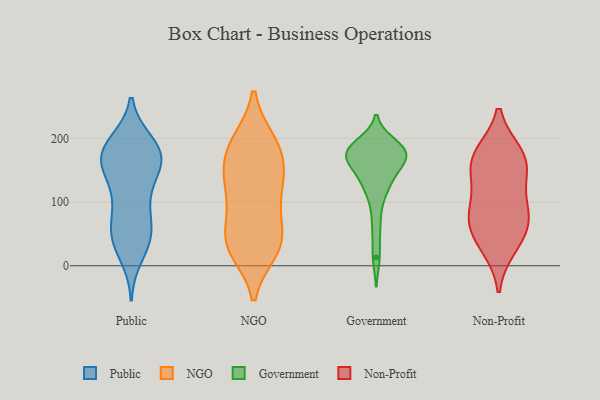
{"axis": {"x": "Waste Production (Tons)", "y": "Value"}, "legend": ["Government", "NGO", "Non-Profit", "Public"], "data": [{"x": "", "y": 49, "type": "Public"}, {"x": "", "y": 153, "type": "Public"}, {"x": "", "y": 193, "type": "Public"}, {"x": "", "y": 41, "type": "Public"}, {"x": "", "y": 175, "type": "Public"}, {"x": "", "y": 98, "type": "Public"}, {"x": "", "y": 188, "type": "Public"}, {"x": "", "y": 189, "type": "Public"}, {"x": "", "y": 138, "type": "Public"}, {"x": "", "y": 42, "type": "Public"}, {"x": "", "y": 52, "type": "Public"}, {"x": "", "y": 156, "type": "Public"}, {"x": "", "y": 107, "type": "Public"}, {"x": "", "y": 173, "type": "Public"}, {"x": "", "y": 88, "type": "Public"}, {"x": "", "y": 16, "type": "Public"}, {"x": "", "y": 52, "type": "Public"}, {"x": "", "y": 174, "type": "Public"}, {"x": "", "y": 161, "type": "Public"}, {"x": "", "y": 170, "type": "Public"}, {"x": "", "y": 36, "type": "NGO"}, {"x": "", "y": 189, "type": "NGO"}, {"x": "", "y": 70, "type": "NGO"}, {"x": "", "y": 165, "type": "NGO"}, {"x": "", "y": 37, "type": "NGO"}, {"x": "", "y": 34, "type": "NGO"}, {"x": "", "y": 159, "type": "NGO"}, {"x": "", "y": 194, "type": "NGO"}, {"x": "", "y": 35, "type": "NGO"}, {"x": "", "y": 194, "type": "NGO"}, {"x": "", "y": 103, "type": "NGO"}, {"x": "", "y": 25, "type": "NGO"}, {"x": "", "y": 111, "type": "NGO"}, {"x": "", "y": 132, "type": "NGO"}, {"x": "", "y": 136, "type": "NGO"}, {"x": "", "y": 186, "type": "Government"}, {"x": "", "y": 101, "type": "Government"}, {"x": "", "y": 173, "type": "Government"}, {"x": "", "y": 183, "type": "Government"}, {"x": "", "y": 158, "type": "Government"}, {"x": "", "y": 13, "type": "Government"}, {"x": "", "y": 171, "type": "Government"}, {"x": "", "y": 134, "type": "Government"}, {"x": "", "y": 179, "type": "Government"}, {"x": "", "y": 136, "type": "Government"}, {"x": "", "y": 126, "type": "Government"}, {"x": "", "y": 60, "type": "Government"}, {"x": "", "y": 167, "type": "Government"}, {"x": "", "y": 191, "type": "Government"}, {"x": "", "y": 182, "type": "Government"}, {"x": "", "y": 169, "type": "Government"}, {"x": "", "y": 65, "type": "Non-Profit"}, {"x": "", "y": 85, "type": "Non-Profit"}, {"x": "", "y": 30, "type": "Non-Profit"}, {"x": "", "y": 75, "type": "Non-Profit"}, {"x": "", "y": 173, "type": "Non-Profit"}, {"x": "", "y": 41, "type": "Non-Profit"}, {"x": "", "y": 91, "type": "Non-Profit"}, {"x": "", "y": 170, "type": "Non-Profit"}, {"x": "", "y": 148, "type": "Non-Profit"}, {"x": "", "y": 175, "type": "Non-Profit"}, {"x": "", "y": 137, "type": "Non-Profit"}]}